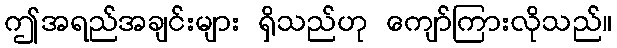
ဤအရည်အချင်းများ ရှိသည်ဟု ကျော်ကြားလိုသည်။